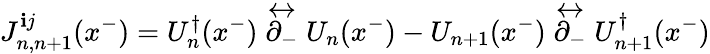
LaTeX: J_{n,n+1}^{\mathbf{i}j}(x^{-})=U_{n}^{\dagger}(x^{-})\stackrel{\leftrightarrow}{\partial_{-}}U_{n}(x^{-})-U_{n+1}(x^{-})\stackrel{\leftrightarrow}{\partial_{-}}U_{n+1}^{\dagger}(x^{-})